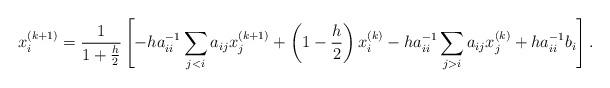
LaTeX: \begin{align*} x_i^{(k+1)} = \frac{1}{1+\frac{h}{2}}\left[ -ha_{ii}^{-1}\sum_{j<i} a_{ij}x_j^{(k+1)} + \left( 1-\frac{h}{2}\right) x_i^{(k)} - h a_{ii}^{-1}\sum_{j>i} a_{ij}x_j^{(k)} + ha_{ii}^{-1} b_i \right]. \end{align*}